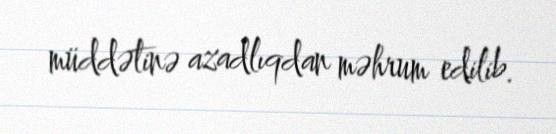
müddətinə azadlıqdan məhrum edilib.